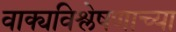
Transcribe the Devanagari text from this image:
वाक्यविश्लेषणाच्या